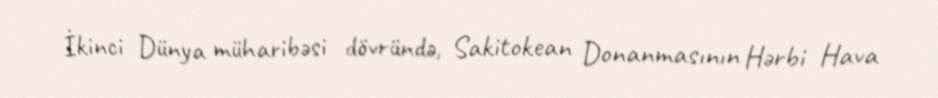
İkinci Dünya müharibəsi dövründə, Sakitokean Donanmasının Hərbi Hava